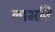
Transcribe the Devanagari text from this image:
लाभति